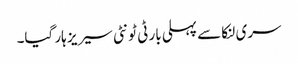
سری لنکا سے پہلی بار ٹی ٹونٹی سیریز ہار گیا۔